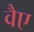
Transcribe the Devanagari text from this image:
वैए